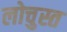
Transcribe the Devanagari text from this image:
लोचुस्त